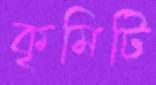
কৃমিটি